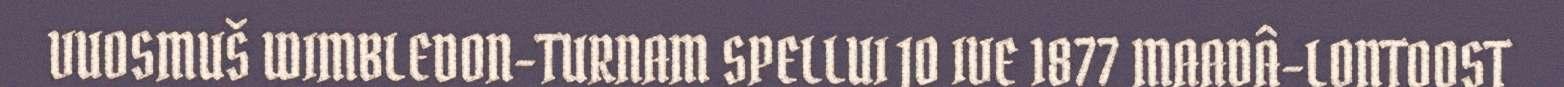
VUOSMUŠ WIMBLEDON-TURNAM SPELLUI JO IVE 1877 MAADÂ-LONTOOST